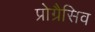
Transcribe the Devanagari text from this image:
प्रोग्रैसिव